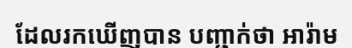
ដែលរកឃើញបាន បញ្ជាក់ថា អារ៉ាម